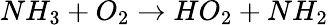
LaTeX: NH_{3}+O_{2}\rightarrow HO_{2}+NH_{2}